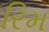
રિમ